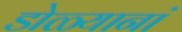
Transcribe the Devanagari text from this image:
डोळ्यानां